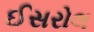
ઈસરોલ